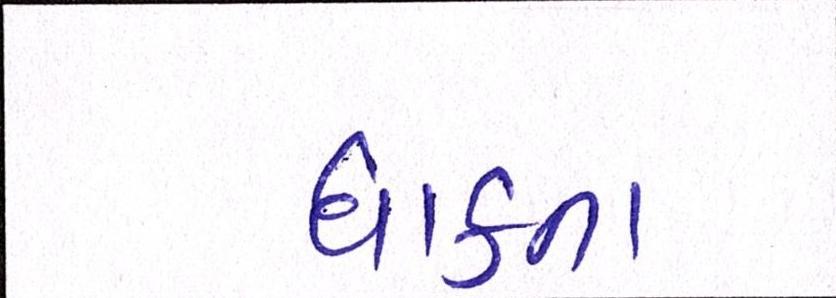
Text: ધાકના